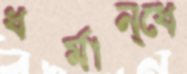
ধর্মান্ধে